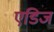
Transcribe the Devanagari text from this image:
एडिज